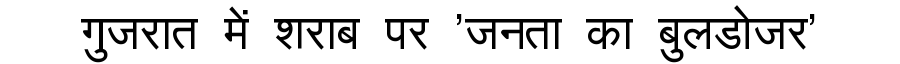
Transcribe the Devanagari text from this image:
गुजरात में शराब पर 'जनता का बुलडोजर'